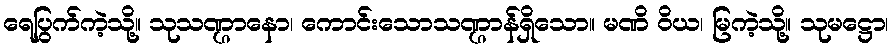
ရေပြွက်ကဲ့သို့။ သုသဏ္ဌာနော၊ ကောင်းသောသဏ္ဌာန်ရှိသော။ မဏိ ဝိယ၊ မြကဲ့သို့။ သုမဋ္ဌော၊